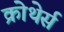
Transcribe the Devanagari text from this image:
क्रोथेर्स